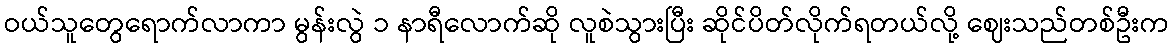
ဝယ်သူတွေရောက်လာကာ မွန်းလွဲ ၁ နာရီလောက်ဆို လူစဲသွားပြီး ဆိုင်ပိတ်လိုက်ရတယ်လို့ ဈေးသည်တစ်ဦးက